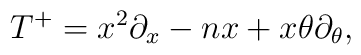
T^+ = x^2 \partial_x - n x + x \theta \partial_{\theta},